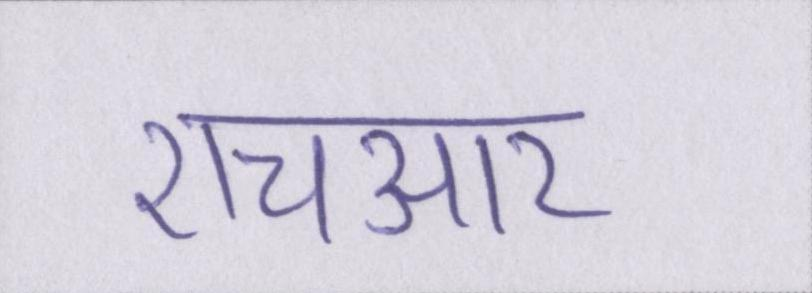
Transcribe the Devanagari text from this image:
एचआर